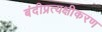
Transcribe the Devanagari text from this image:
बंदीप्रत्यक्षीकरण